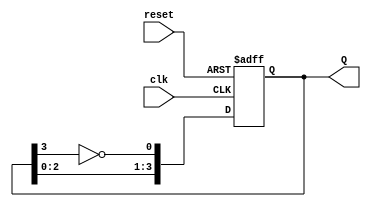
module JohnsonCounter (
    input wire clk,        // Clock signal
    input wire reset,      // Asynchronous reset signal
    output reg [3:0] Q     // 4-bit output representing the state of the counter
);

    always @(posedge clk or posedge reset) begin
        if (reset) begin
            Q <= 4'b0000; // Initialize the counter to 0 on reset
        end else begin
            // Johnson counter logic
            Q[0] <= ~Q[3]; // D input for the first flip-flop is the inverse of the last flip-flop
            Q[1] <= Q[0];  // Shift the state to the next flip-flop
            Q[2] <= Q[1];  // Shift the state to the next flip-flop
            Q[3] <= Q[2];  // Shift the state to the next flip-flop
        end
    end

endmodule